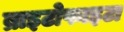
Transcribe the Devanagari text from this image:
ब्राइटोफाइटा